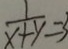
\frac { 1 } { x + y } = 3